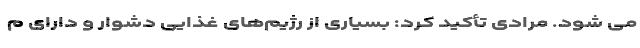
می شود. مرادی تأکید کرد: بسیاری از رژیم‌های غذایی دشوار و دارای م